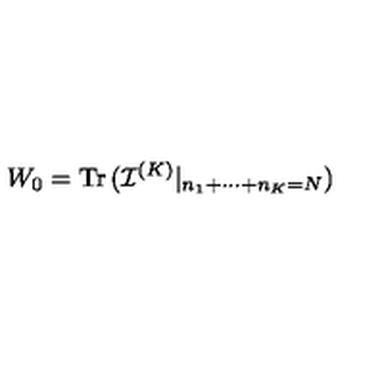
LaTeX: W _ { 0 } = \mathrm { T r \thinspace } ( { \mathcal I } ^ { ( K ) } | _ { n _ { 1 } + \cdots + n _ { K } = N } )